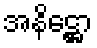
အနိဋ္ဌော